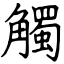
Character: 觸